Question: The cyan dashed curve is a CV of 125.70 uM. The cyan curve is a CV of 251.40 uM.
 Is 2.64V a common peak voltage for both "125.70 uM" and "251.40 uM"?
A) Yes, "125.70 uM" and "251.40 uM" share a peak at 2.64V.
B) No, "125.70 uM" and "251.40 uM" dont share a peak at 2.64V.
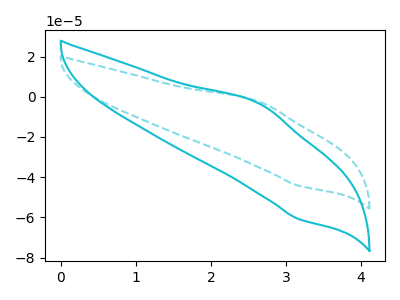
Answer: <think>The cyan dashed curve "125.70 uM" has an anodic peak at (2.65V, -2.40uA) and a cathodic peak at (3.15V, -44.25uA). The cyan curve "251.40 uM" has an anodic peak at (2.65V, -3.30uA) and a cathodic peak at (3.15V, -60.80uA).</think>
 <answer>A) Yes, "125.70 uM" and "251.40 uM" share a peak at 2.64V.</answer>
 <eval>A</eval>